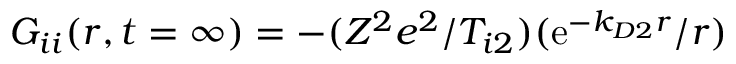
G _ { i i } ( \boldsymbol { r } , t = \infty ) = - ( Z ^ { 2 } e ^ { 2 } / T _ { i 2 } ) ( \mathrm { e } ^ { - k _ { D 2 } r } / r )